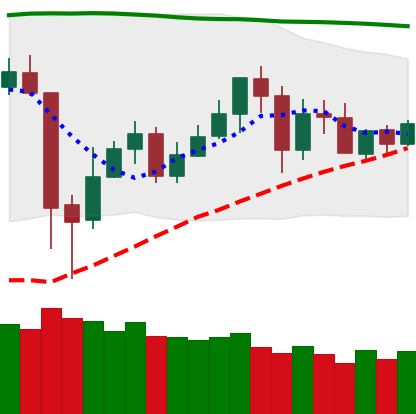
Ticker: BNB-USD
Chart end date: 2020-05-27
Forward return: 8.62%
Label: up_7plus